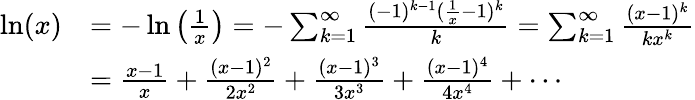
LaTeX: {\begin{array}{rl}{\ln(x)}&{=-\ln\left({\frac{1}{x}}\right)=-\sum_{k=1}^{\infty}{\frac{(-1)^{k-1}({\frac{1}{x}}-1)^{k}}{k}}=\sum_{k=1}^{\infty}{\frac{(x-1)^{k}}{kx^{k}}}}\\ &{={\frac{x-1}{x}}+{\frac{(x-1)^{2}}{2x^{2}}}+{\frac{(x-1)^{3}}{3x^{3}}}+{\frac{(x-1)^{4}}{4x^{4}}}+\cdots}\end{array}}